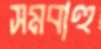
সমবাহু